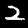
Label: 2